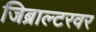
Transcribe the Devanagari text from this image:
जिब्राल्टरवर